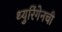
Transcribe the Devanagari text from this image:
थ्युरिंगेनची